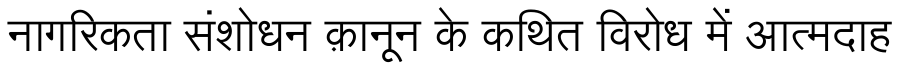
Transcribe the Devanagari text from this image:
नागरिकता संशोधन क़ानून के कथित विरोध में आत्मदाह